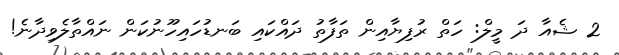
2 ޝެއާ ދަ މީލް: ހަތް ރުފިޔާއިން ތަފާތު ދައްކައި ބަނޑުހައިހޫނުކަން ނައްތާލެވިދާނެ!